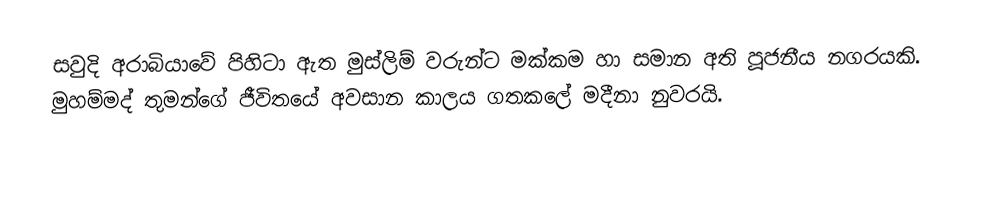
සවුදි අරාබියාවේ පිහිටා ඇත මුස්ලිම් වරුන්ට මක්කම හා සමාන අති පූජනීය නගරයකි. මුහම්මද් තුමන්ගේ ජීවිතයේ අවසාන කාලය ගතකලේ මදීනා නුවරයි.